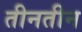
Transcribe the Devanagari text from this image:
तीनतीन